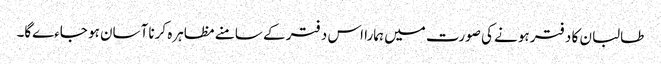
طالبان کا دفتر ہونے کی صورت میں ہمارا اس دفتر کے سامنے مظاہرہ کرنا آسان ہو جاءےگا۔